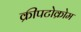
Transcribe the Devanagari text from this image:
क्रीपटोक्रोम